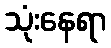
သုံးနေရာ